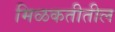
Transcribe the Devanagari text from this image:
मिळकतीतील